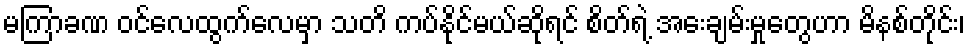
မကြာခဏ ဝင်လေထွက်လေမှာ သတိ ကပ်နိုင်မယ်ဆိုရင် စိတ်ရဲ့ အေးချမ်းမှုတွေဟာ မိနစ်တိုင်း၊